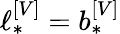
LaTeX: \ell_{*}^{\left[V\right]}=b_{*}^{\left[V\right]}